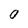
Character: O